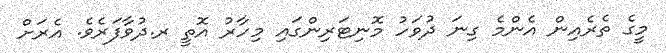
މީގެ ތެރެއިން އެންމެ ގިނަ ދުވަހު މޮނިޓަރިންގައި މިހާރު އޮތީ ރ.ދުވާފަރެވެ. އެރަށް